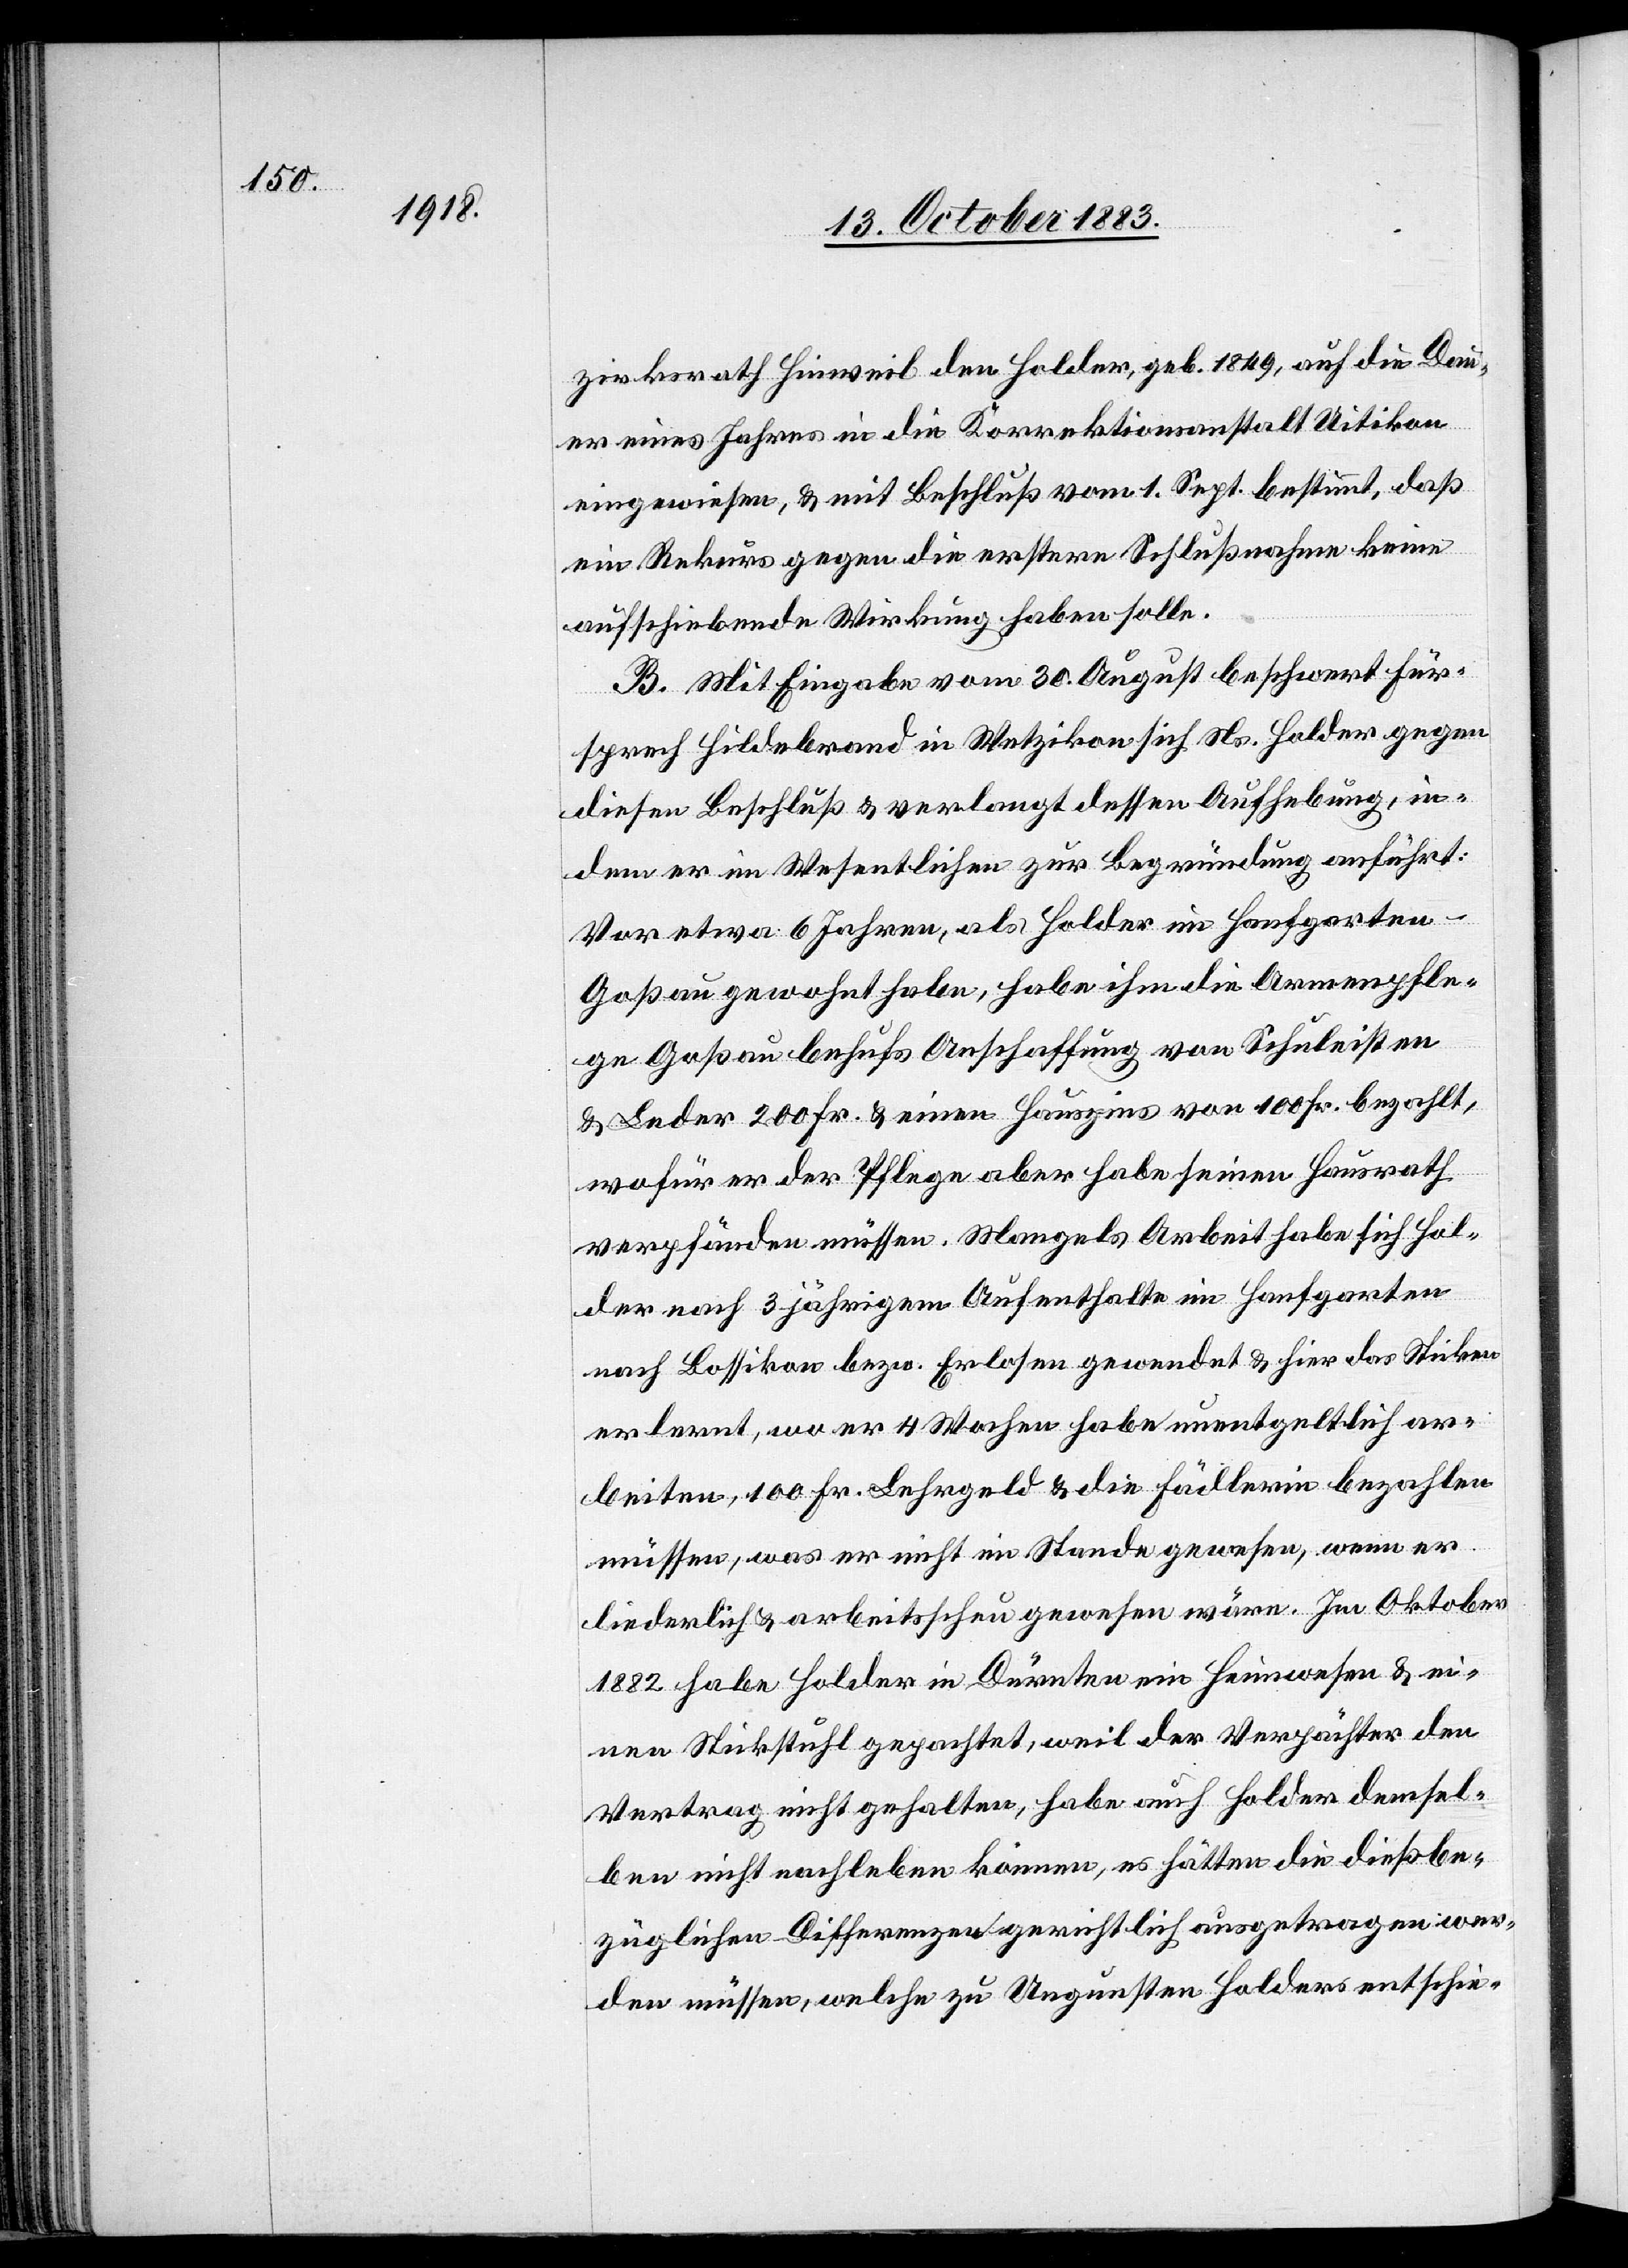
ar¬

zirksrath Hinweil den Holder, geb. 1849, auf die Dau¬
er eines Jahres in die Korrektionsanstalt Uitikon
eingewiesen, & mit Beschluß vom 1. Sept. bestimmt, daß
ein Rekurs gegen die erstere Schlußnahme keine
aufschiebende Wirkung haben solle.
B. Mit Eingabe vom 30. August beschwert Für¬
sprech Hildebrand in Wetzikon sich Ns. Holder gegen
diesen Beschluß & verlangt dessen Aufhebung, in¬
dem er im Wesentlichen zur Begründung anführt:
Vor etwa 6 Jahren, als Holder im Hanfgarten
Goßau gewohnt habe, habe ihm die Armenpfle¬
ge Goßau behufs Anschaffung von Schu[h]leisten
& Leder 200 Fr. & einen Hauszins von 100 Fr. bezahlt,
wofür er der Pflege aber habe seinen Hausrath
verpfänden müssen. Mangels Arbeit habe sich Hol¬
der nach 3 jährigem Aufenthalte im Hanfgarten
nach Bossikon bezw. Erlosen gewendet & hier unentgeltl¬
beiten, 100 Fr. Lehrgeld & die Fädlerin bezahlen
müssen, was er nicht im Stande gewesen, wenn er
liederlich & arbeitsscheu gewesen wäre. Im Oktober
1882 habe Holder in Dürnten ein Heimwesen & ei¬
nen Stickstuhl gepachtet, weil der Verpächter den
Vertrag nicht gehalten, habe auch Holder demsel¬
ben nicht nachleben können, es hätten die dießbe¬
züglichen Differenzen gerichtlich ausgetragen wer¬
den müssen, welche zu Ungunsten Holders entschie-